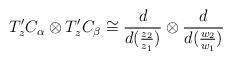
LaTeX: \begin{align*}T^{\prime}_{z}C_{\alpha}\otimes T^{\prime}_{z}C_{\beta}\cong \frac{d}{d(\frac{z_{2}}{z_{1}})}\otimes\frac{d}{d(\frac{w_{2}}{w_{1}})}\end{align*}